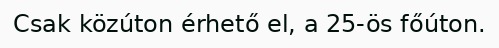
Csak közúton érhető el, a 25-ös főúton.